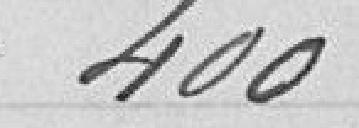
400